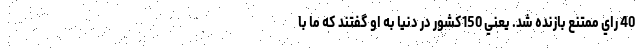
40 راي ممتنع بازنده شد. يعني 150كشور در دنيا به او گفتند كه ما با